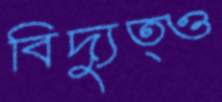
বিদ্যুত্ও